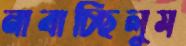
নাবাচ্ছিলুম